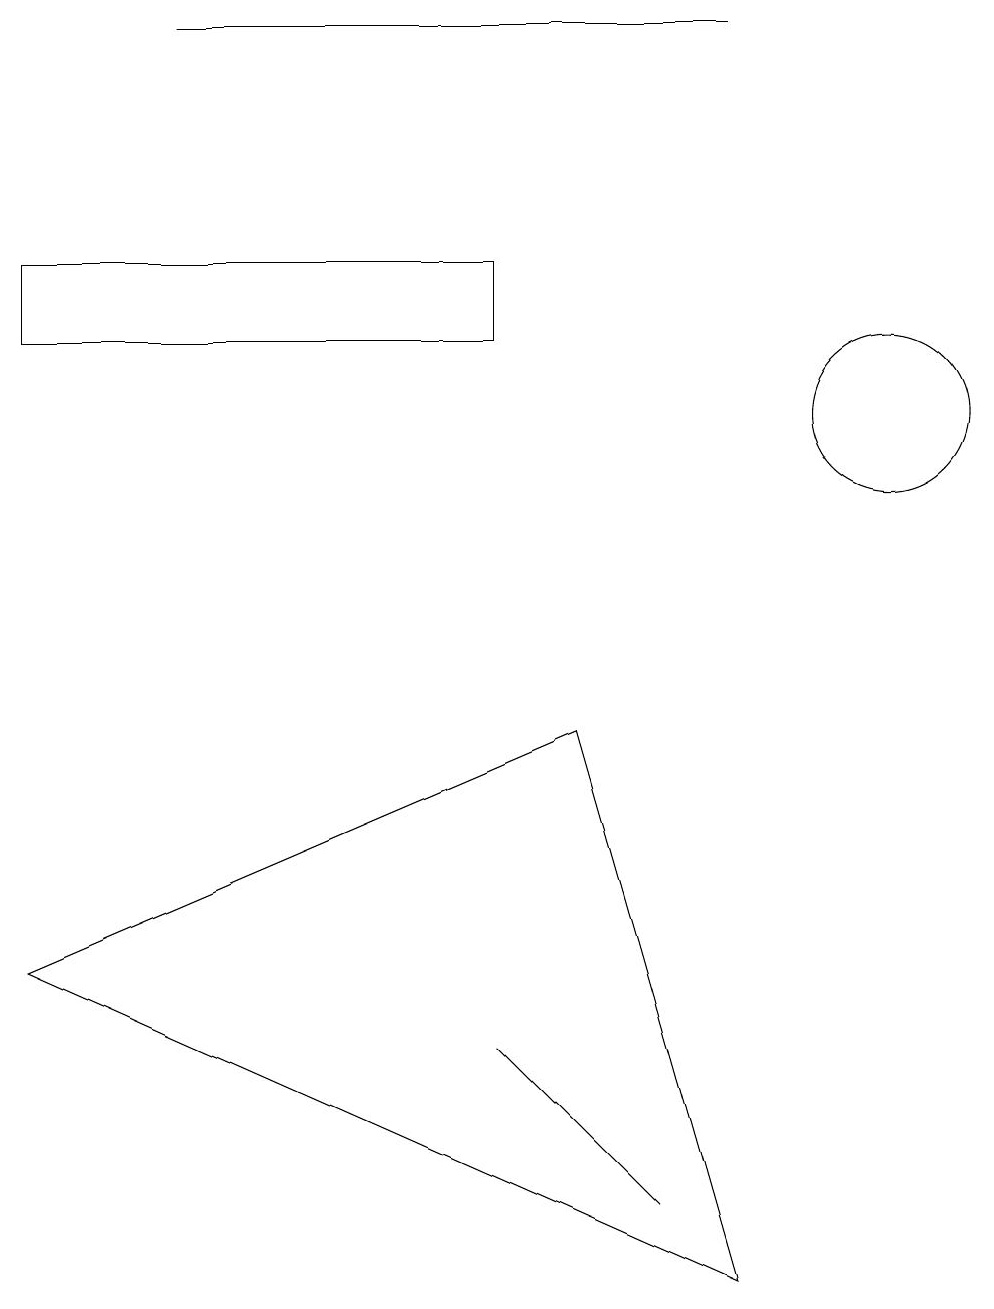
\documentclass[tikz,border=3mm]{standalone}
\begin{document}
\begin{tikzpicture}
\draw (9,0) -- (7,7) -- (0,4) -- cycle;
\draw (11,11) circle (1);
\draw (2,16) rectangle (9,16);
\draw (8,1) -- (6,3) -- (6,3) -- cycle;
\draw (6,13) rectangle (0,12);
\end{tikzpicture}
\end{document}